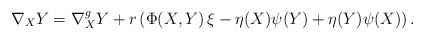
\begin{align*}\nabla_{X}Y=\nabla^{g}_{X}Y+ r \left(\Phi(X,Y)\,\xi-\eta(X)\psi(Y)+\eta(Y)\psi(X)\right).\end{align*}